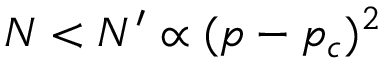
N < N ^ { \prime } \propto ( p - p _ { c } ) ^ { 2 }